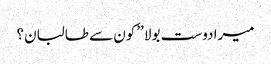
میرادوست بولا ’’کون سے طالبان؟